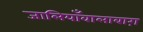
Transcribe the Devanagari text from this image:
जालियाँवालाबाग़